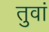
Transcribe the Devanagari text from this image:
तुवां